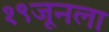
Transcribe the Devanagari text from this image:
१९जूनला